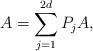
LaTeX: \begin{align*}A=\sum_{j=1}^{2d} P_{j} A,\end{align*}